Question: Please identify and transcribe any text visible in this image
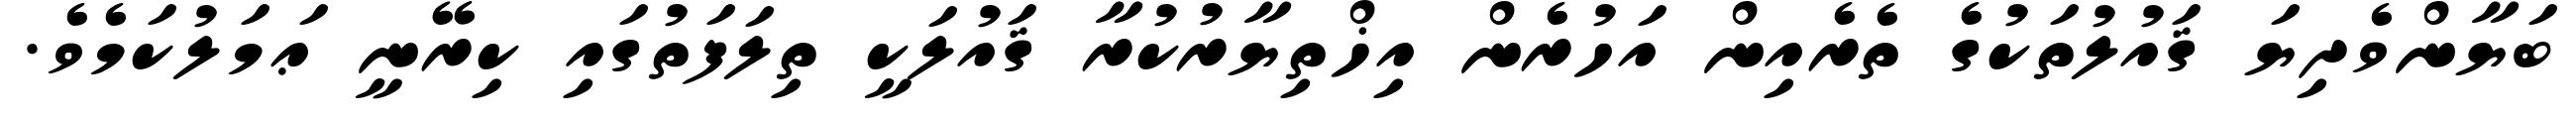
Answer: ބަޔާންވެދިޔަ ޤައުލުތަކުގެ ތެރެއިން އަހުރެން އިޚްތިޔާރުކުރާ ޤައުލަކީ ތިލަފަތުގައި ކިރޭނީ ޢަމަލުކަމެވެ.